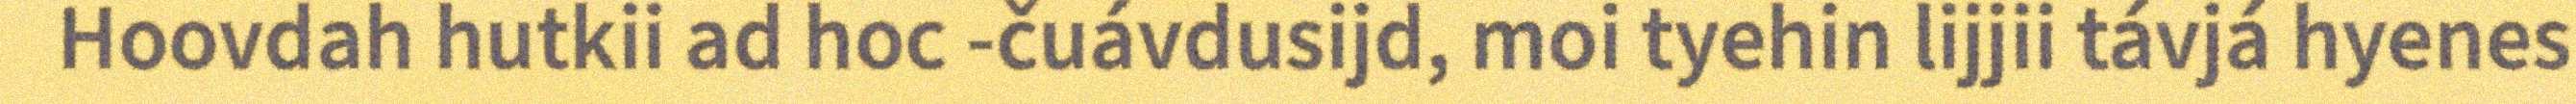
Hoovdah hutkii ad hoc -čuávdusijd, moi tyehin lijjii távjá hyenes